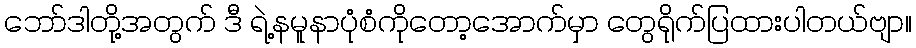
ဘော်ဒါတို့အတွက် ဒီ ရဲ့နမူနာပုံစံကိုတော့အောက်မှာ တွေရိုက်ပြထားပါတယ်ဗျာ။